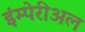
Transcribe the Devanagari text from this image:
इंम्पेरीअल